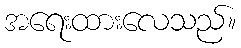
အရေးထားလေသည်။